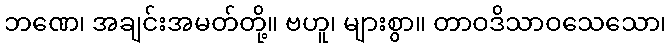
ဘဏေ၊ အချင်းအမတ်တို့။ ဗဟူ၊ များစွာ။ တာဝဒိသာဝသေသော၊